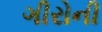
ગીરોની